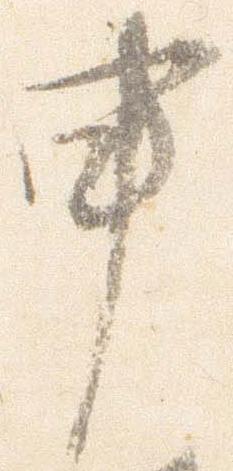
申